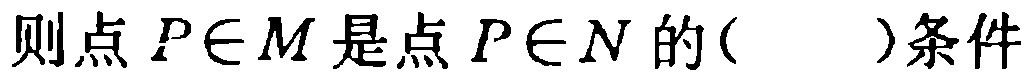
则点\(P\in M\)是点\(P\in N\)的( )条件